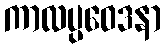
ကာလပ္ပဝေဒနာ